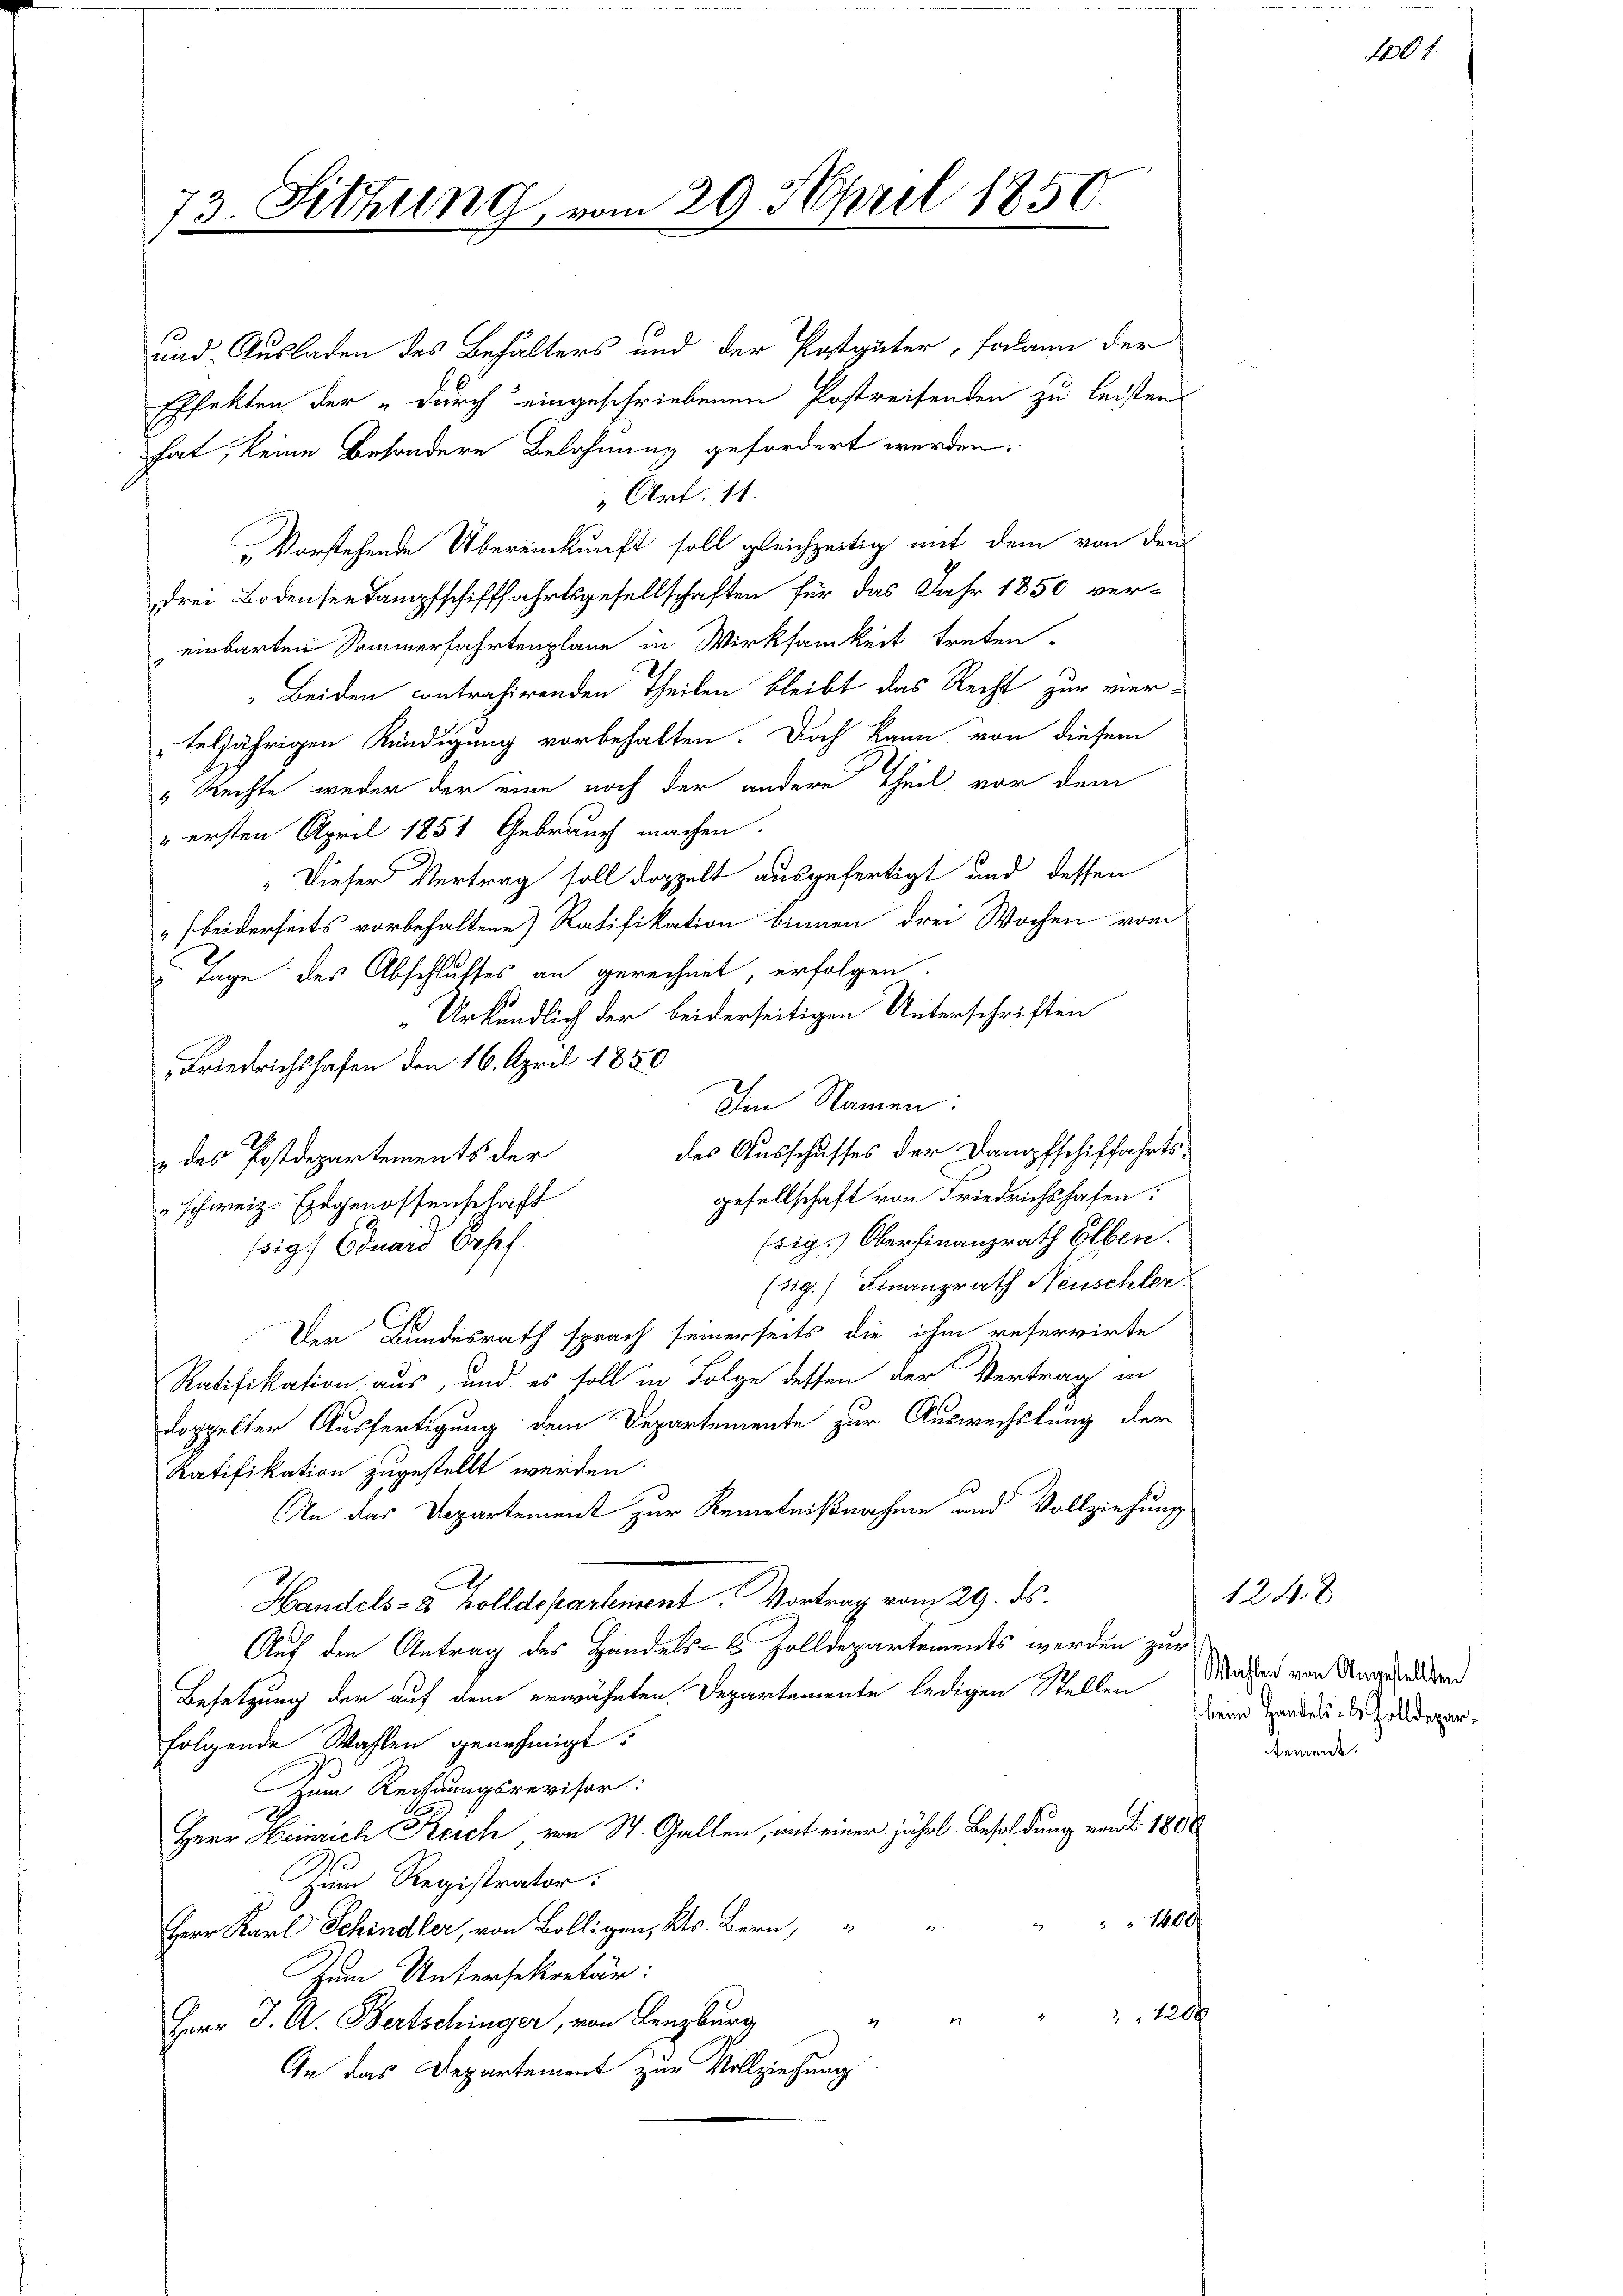
73. Sitzung vom 29. April 1850.
f

und Ausladen des Behalters und der Postgüter, sodann der
Effekten der „durch eingeschriebenen Postreifenden zu leistens
hat, keine besondere Belohnung gefordert werden.
Art. 11.
Vorstehende Übereinkunft soll gleichzeitig mit dem von den
drei Bodensentampfschifffahrtsgesellschaften für das Jahr 1850 ver-
einbarten Sommerfahrtenplane in Wirksamkeit treten.
Beiden contrahirenden Theilen bleibt das Recht zur vier-
teljährigen Kündigung vorbehalten. Doch kann von diesem
„Rechte weder der eine noch der andere Theil vor dem
" ersten April 1851. Gebrauch machen.
" Dieser Vertrag soll doppelt ausgefertigt und dessen
"beiderseits vorbehaltene Ratifikation binnen drei Wochen vom
 Tage des Abschlusses an gerechnet, erfolgen.
„Urkundlich der beiderseitigen Unterschriften
Friedrichshafen den 16. April 1850
Im Namen:
des Ausschusses der Dampfschiffahrts¬
 des Postdepartements der
gesellschaft von Friedrichshofen:
schweiz. Eingenossenschrift
sig.) Oberfinanzrath Elben.
sig. Eduard Erpf
(sig.) Finanzrath Neuschler
Der Bundesrath sprach seinerseits die ihm refervirte
Ratifikation aus, und es soll in Folge dessen der Vertrag in
doppelter Ausfertigung dem Departemente zur Auswechslung der
Ratifikation zugestellt werden.
An das Departement zur Kenntnißnahme und Vollziehung.
d
Handels- & Zolldepartement. Vortrag vom 29. ds.
Auf den Antrag des Handels- & Zolldepartements werden zur
Besetzung der auf dem erwähnten Departemente ledigen Stellen Magen von Ungesellen
folgende Wahlen genehmigt.
Zum Rechnungsrevisor:
Herr Heinrich Reich von St. Gallen, mit einer jährl. Besoldung von 1800
Zum Registrator:
 1400
Herr Karl Schindler, von Bolligen, Kts. Bern,
Zum Untersekretär:
420 x
e
Herr J. A. Bertschinger, von Lenzburg
An das Departement zur Vollziehung

180 f.

124 x
beim Handels- & Zolldepartement.